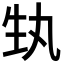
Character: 𭺳